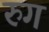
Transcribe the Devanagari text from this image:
रुग